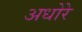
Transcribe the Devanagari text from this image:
अधोरे